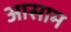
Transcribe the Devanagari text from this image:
अासाम